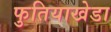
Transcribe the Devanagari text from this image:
फुतियाखेडा